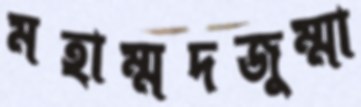
মহাম্মদজুম্মা